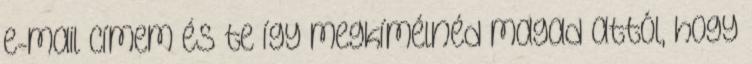
e-mail címem és te így megkímélnéd magad attól, hogy